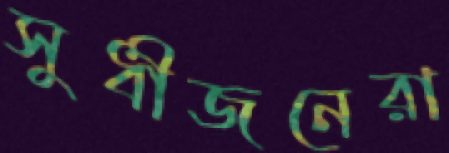
সুধীজনেরা